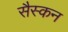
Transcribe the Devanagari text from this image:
सैस्कन